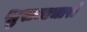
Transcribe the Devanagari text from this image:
सुसमाचारों